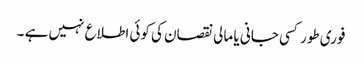
فوری طور کسی جانی یا مالی نقصان کی کوئی اطلاع نہیں ہے ۔